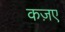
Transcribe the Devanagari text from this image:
कज़ए